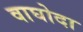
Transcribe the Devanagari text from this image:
वाघोदा